Annual report on the Civil Veterinary Department, Burma (including the Insein Veterinary School) - 1910-1922
Year: 1910
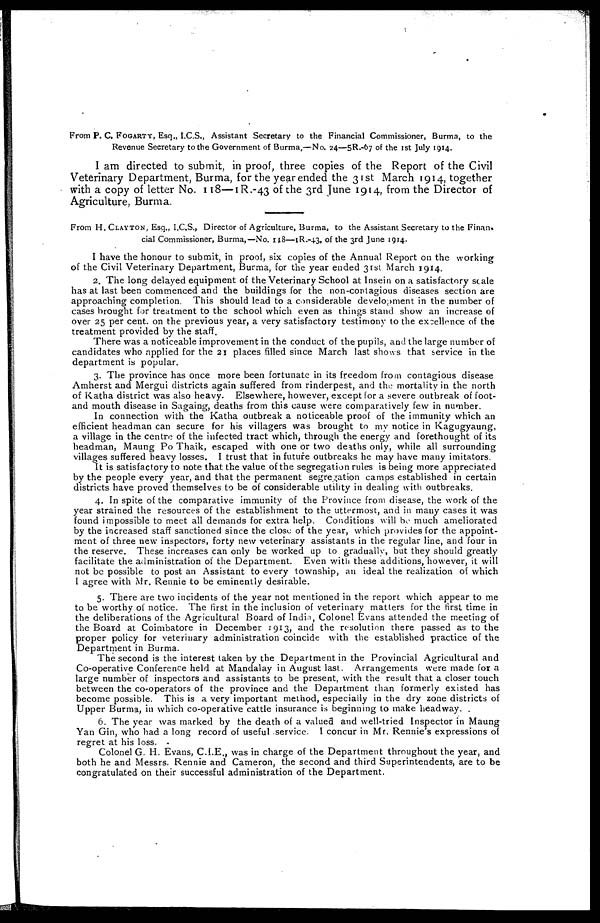
From P. C. FOGARTY, Esq., I.C.S., Assistant Secretary to the Financial Commissioner, Burma, to the
Revenue Secretary to the Government of Burma,—No. 24—5R.-67 of the 1st July 1914.
I am directed to submit, in proof, three copies of the Report of the Civil
Veterinary Department, Burma, for the year ended the 31st March 1914, together
with a copy of letter No. 118—1R.-43 of the 3rd June 1914, from the Director of
Agriculture, Burma.
From H. CLAYTON , Esq., I.C.S., Director of Agriculture, Burma, to the Assistant Secretary to the Finan-
cial Commissioner, Burma,—No. 118—1R.-43, of the 3rd June 1914.
I have the honour to submit, in proof, six copies of the Annual Report on the working
of the Civil Veterinary Department, Burma, for the year ended 31st March 1914.
2. The long delayed equipment of the Veterinary School at Insein on a satisfactory stale
has at last been commenced and the buildings for the non-contagious diseases section are
approaching completion. This should lead to a considerable development in the number of
cases brought for treatment to the school which even as things stand show an increase of
over 25 per cent. on the previous year, a very satisfactory testimony to the excellence of the
treatment provided by the staff.
There was a noticeable improvement in the conduct of the pupils, and the large number of
candidates who applied for the 21 places filled since March last shows that service in the
department is popular.
3. The province has once more been fortunate in its freedom from contagious disease
Amherst and Mergui districts again suffered from rinderpest, and the mortality in the north
of Katha district was also heavy. Elsewhere, however, except for a severe outbreak of foot-
and mouth disease in Sagaing, deaths from this cause were comparatively few in number.
In connection with the Katha outbreak a noticeable proof of the immunity which an
efficient headman can secure for his villagers was brought to my notice in Kagugyaung,
a village in the centre of the infected tract which, through the energy and forethought of its
headman, Maung Po Thaik, escaped with one or two deaths only, while all surrounding
villages suffered heavy losses. I trust that in future outbreaks he may have many imitators.
It is satisfactory to note that the value of the segregation rules is being more appreciated
by the people every year, and that the permanent segregation camps established in certain
districts have proved themselves to be of considerable utility in dealing with outbreaks.
4. In spite of the comparative immunity of the Province from disease, the work of the
year strained the resources of the establishment to the uttermost, and in many cases it was
found impossible to meet all demands for extra help. Conditions will bo much ameliorated
by the increased staff sanctioned since the close of the year, which provides for the appoint-
ment of three new inspectors, forty new veterinary assistants in the regular line, and four in
the reserve. These increases can only be worked up to gradually, but they should greatly
facilitate the administration of the Department. Even with these additions, however, it will
not be possible to post an Assistant to every township, an ideal the realization of which
I agree with Mr. Rennie to be eminently desirable.
5. There are two incidents of the year not mentioned in the report which appear to me
to be worthy of notice. The first in the inclusion of veterinary matters for the first time in
the deliberations of the Agricultural Board of India, Colonel Evans attended the meeting of
the Board at Coimbatore in December 1913, and the resolution there passed as to the
proper policy for veterinary administration coincide with the established practice of the
Department in Burma.
The second is the interest taken by the Department in the Provincial Agricultural and
Co-operative Conference held at Mandalay in August last. Arrangements were made for a
large number of inspectors and assistants to be present, with the result that a closer touch
between the co-operators of the province and the Department than formerly existed has
become possible. This is a very important method, especially in the dry zone districts of
Upper Burma, in which co-operative cattle insurance is beginning to make headway.
6. The year was marked by the death of a valued and well-tried Inspector in Maung
Yan Gin, who had a long record of useful service. I concur in Mr. Rennie's expressions of
regret at his loss.
Colonel G. H. Evans, C.I.E., was in charge of the Department throughout the year, and
both he and Messrs. Rennie and Cameron, the second and third Superintendents, are to be
congratulated on their successful administration of the Department.